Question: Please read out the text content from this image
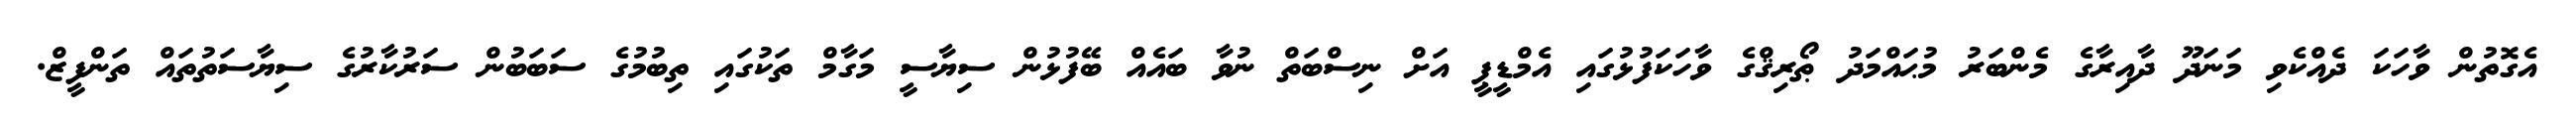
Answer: އެގޮތުން ވާހަކަ ދެއްކެވި މަނަދޫ ދާއިރާގެ މެންބަރު މުޙައްމަދު ޠޯރިޤްގެ ވާހަކަފުޅުގައި އެމްޑީޕީ އަށް ނިސްބަތް ނުވާ ބައެއް ބޭފުޅުން ސިޔާސީ މަގާމް ތަކުގައި ތިބުމުގެ ސަބަބުން ސަރުކާރުގެ ސިޔާސަތުތައް ތަންފީޒް.